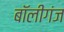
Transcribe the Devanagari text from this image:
बॉलीगंज